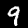
Digit: 9